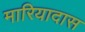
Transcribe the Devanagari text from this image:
मारियादास